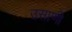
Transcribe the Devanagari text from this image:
उसाणी